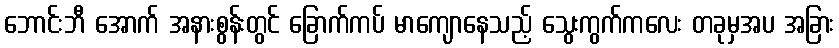
ဘောင်းဘီ အောက် အနားစွန်းတွင် ခြောက်ကပ် မာကျောနေသည့် သွေးကွက်ကလေး တခုမှအပ အခြား